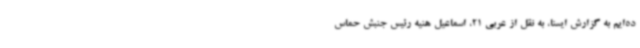
ده‌ایم به گزارش ایسنا، به نقل از عربی 21، اسماعیل هنیه رئیس جنبش حماس